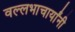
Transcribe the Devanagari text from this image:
वल्लभाचार्यांनी